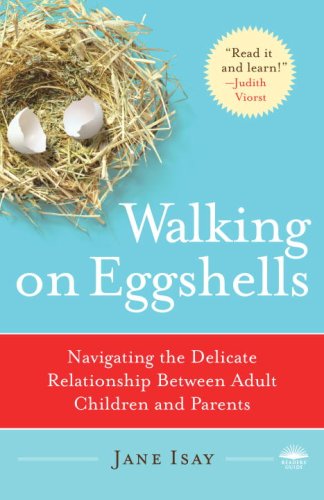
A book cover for Walking on Eggshells: Navigating the Delicate Relationship Between Adult Children and Parents; Jane Isay; Parenting & Relationships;